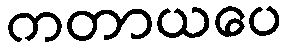
ကတာယပေ